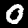
Label: 0